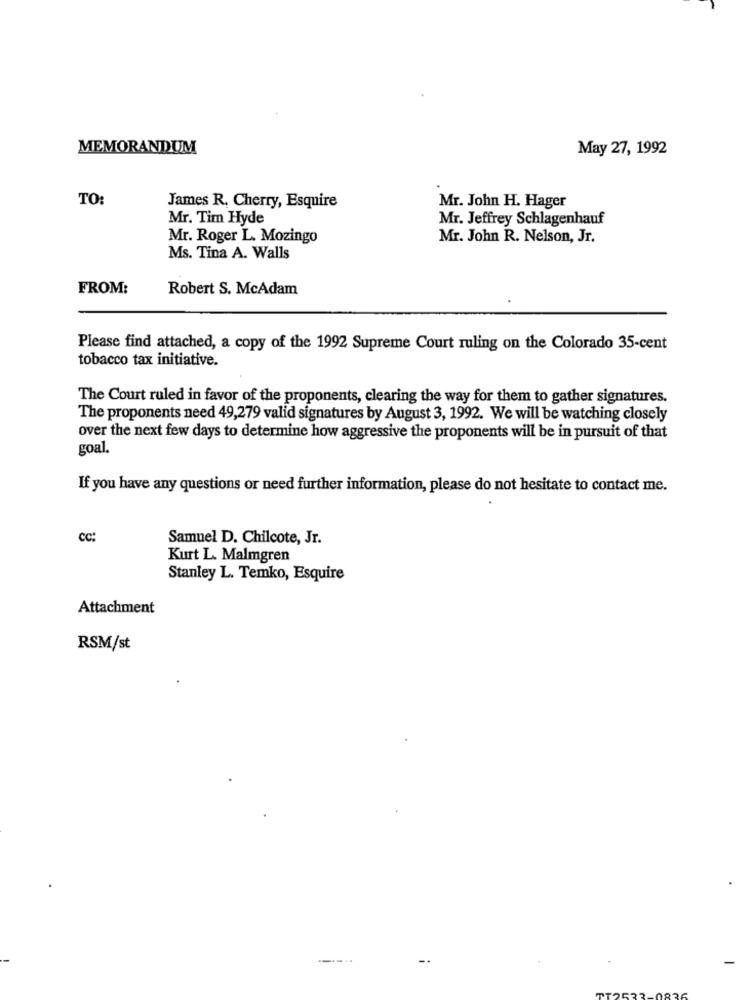
MEMORANDUM
May 27, 1992
TO:
Mr. John H. Hager
James R. Cherry, Esquire
Mr. Tim Hyde
Mr. Jeffrey Schlagenhauf
Mr. Roger L. Mozingo
Mr. John R. Nelson, Jr.
Ms. Tina A. Walls
FROM:
Robert S. McAdam
Please find attached, a copy of the 1992 Supreme Court ruling on the Colorado 35-cent
tobacco tax initiative.
The Court ruled in favor of the proponents, clearing the way for them to gather signatures.
The proponents need 49,279 valid signatures by August 3, 1992. We will be watching closely
over the next few days to determine how aggressive the proponents will be in pursuit of that
goal.
If you have any questions or need further information, please do not hesitate to contact me.
cc:
Samuel D. Chilcote, Jr.
Kurt L. Malmgren
Stanley L. Temko, Esquire
Attachment
RSM/st